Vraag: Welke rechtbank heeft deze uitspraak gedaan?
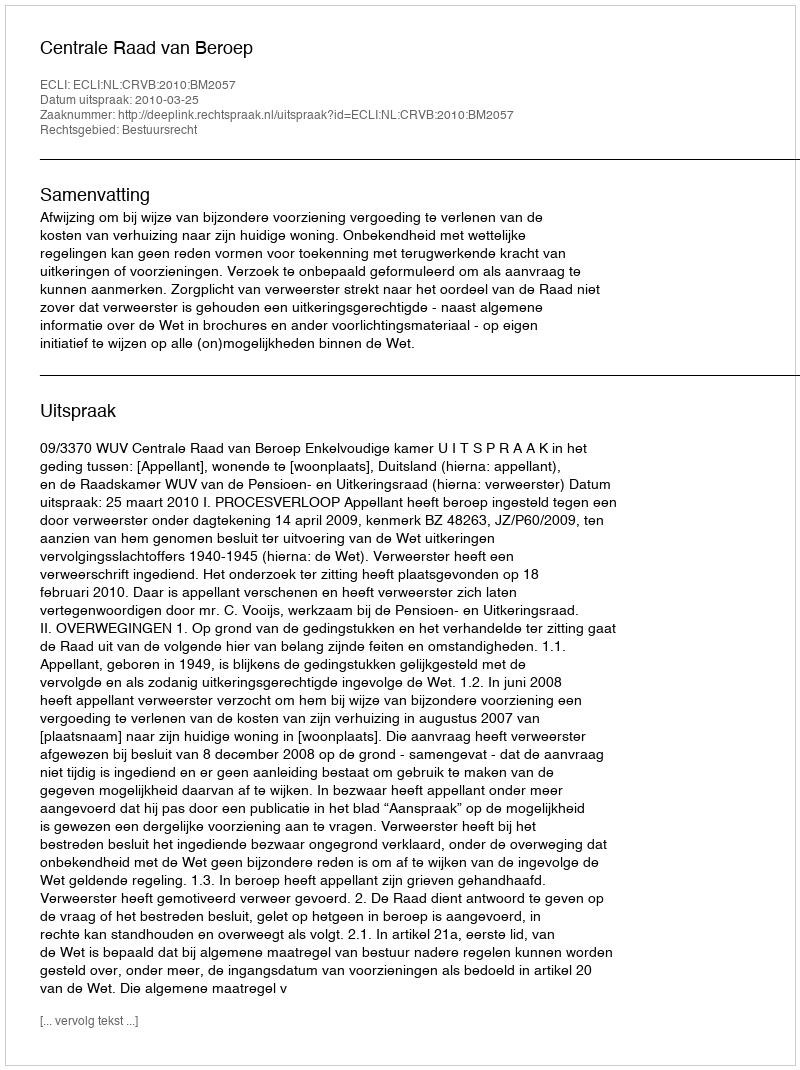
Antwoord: Centrale Raad van Beroep